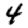
Digit: 4